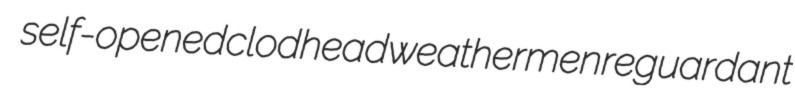
self-opened clodhead weathermen reguardant